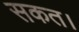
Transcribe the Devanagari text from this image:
सकत।